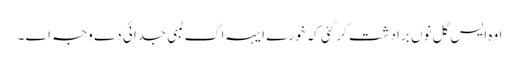
اوہ ایس گل نوں برادشت کر گئی کہ خورے ایہہ اک لمبی جدائی دے وجہ اے ۔